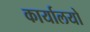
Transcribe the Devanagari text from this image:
कार्यालयो